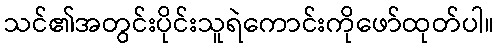
သင်၏အတွင်းပိုင်းသူရဲကောင်းကိုဖော်ထုတ်ပါ။